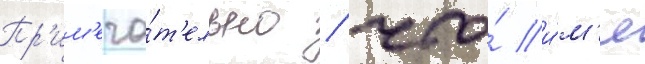
Пр'им'еча́т'ельно / что́ и́м'я